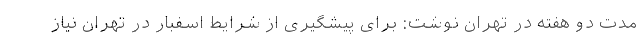
مدت دو هفته در تهران نوشت: برای پیشگیری از شرایط اسفبار در تهران نیاز